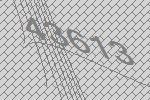
43613